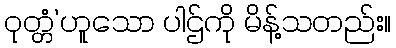
ဝုတ္တံ’ဟူသော ပါဌ်ကို မိန့်သတည်း။